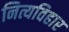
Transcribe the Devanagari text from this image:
नित्यविहार